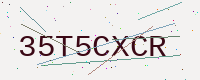
Text: 35T5CXCR